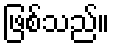
ဖြစ်သည်။